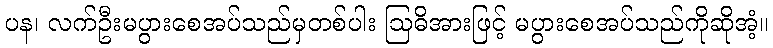
ပန၊ လက်ဦးမပွားစေအပ်သည်မှတစ်ပါး ဩဓိအားဖြင့် မပွားစေအပ်သည်ကိုဆိုအံ့။